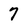
Character: 7